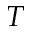
T